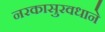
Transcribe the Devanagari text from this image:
नरकासुरवधाने